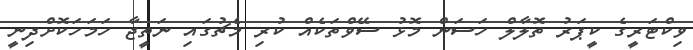
ވިކްޓަރީގެ ކީޕަރު ތޮލާލް ހަސަން މޮޅު ސޭވްތަކެއް ކުރި މެޗުގައި ނަތީޖާ ހަމަހަކޮށްދިނީ